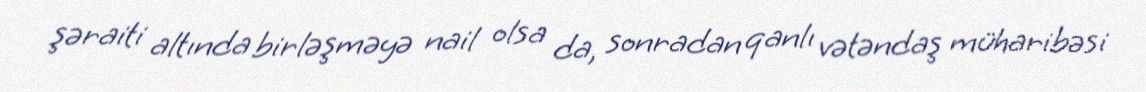
şəraiti altında birləşməyə nail olsa da, sonradan qanlı vətəndaş müharibəsi